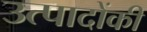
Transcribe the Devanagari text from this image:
उत्पादोंकी